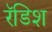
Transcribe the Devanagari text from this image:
रॅडिश